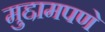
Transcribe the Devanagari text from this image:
मुद्दामपणे